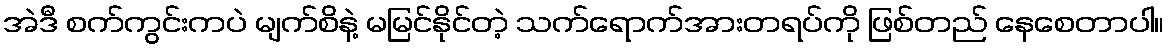
အဲဒီ စက်ကွင်းကပဲ မျက်စိနဲ့ မမြင်နိုင်တဲ့ သက်ရောက်အားတရပ်ကို ဖြစ်တည် နေစေတာပါ။